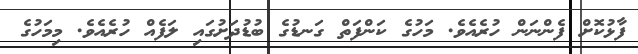
ފާޅުކޮށް ފެންނަން ހުރެއެވެ. މަހުގެ ކަންފަތް ގަނޑުގެ ބުޑުދަށުގައި ލަފެއް ހުރެއެވެ. މިމަހުގެ